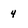
Character: 4